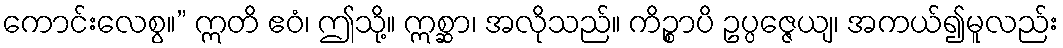
ကောင်းလေစွ။” ဣတိ ဧဝံ၊ ဤသို့။ ဣစ္ဆာ၊ အလိုသည်။ ကိဉ္စာပိ ဥပ္ပဇ္ဇေယျ၊ အကယ်၍မူလည်း